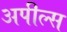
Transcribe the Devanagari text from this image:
अपील्‍स